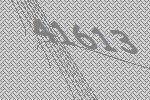
41613